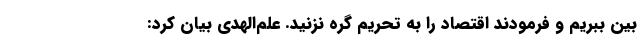
بین ببریم و فرمودند اقتصاد را به تحریم گره نزنید. علم‌الهدی بیان کرد: